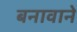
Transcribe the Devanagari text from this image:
बनावाने